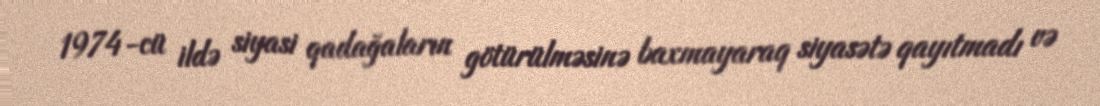
1974-cü ildə siyasi qadağaların götürülməsinə baxmayaraq siyasətə qayıtmadı və